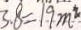
3 . 8 = 1 9 m ^ { 2 }